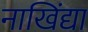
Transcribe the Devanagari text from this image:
नाखिंद्या